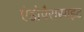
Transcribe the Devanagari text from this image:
एंडोपैरासाइट